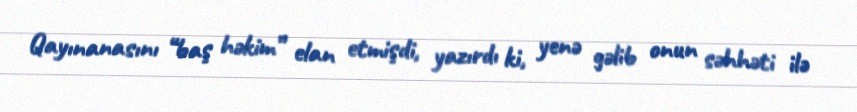
Qayınanasını “baş həkim” elan etmişdi, yazırdı ki, yenə gəlib onun səhhəti ilə